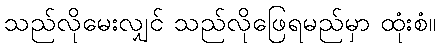
သည်လိုမေးလျှင် သည်လိုဖြေရမည်မှာ ထုံးစံ။